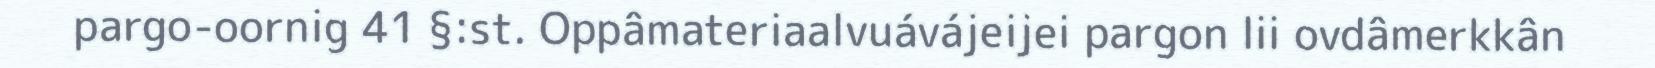
pargo-oornig 41 §:st. Oppâmateriaalvuávájeijei pargon lii ovdâmerkkân